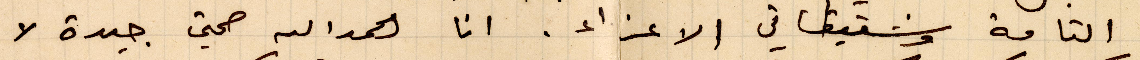
التامة وشقيقاتي الأعزاء. انا الحمدالله صحتي جيدة لا